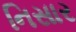
નિસાર